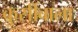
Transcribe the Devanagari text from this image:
कुर्सीवाला